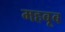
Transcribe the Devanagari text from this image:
महबूब